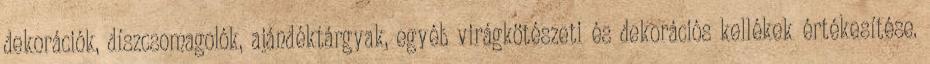
dekorációk, díszcsomagolók, ajándéktárgyak, egyéb virágkötészeti és dekorációs kellékek értékesítése.